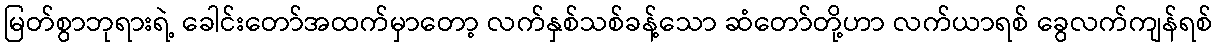
မြတ်စွာဘုရားရဲ့ ခေါင်းတော်အထက်မှာတော့ လက်နှစ်သစ်ခန့်သော ဆံတော်တို့ဟာ လက်ယာရစ် ခွေလက်ကျန်ရစ်